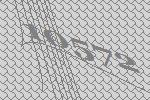
10572